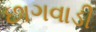
છાગવાડી